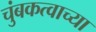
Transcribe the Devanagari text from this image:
चुंबकत्वाच्या